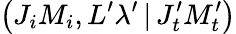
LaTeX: \left(J_{i}M_{i},L^{\prime}\lambda^{\prime}\, |\, J_{t}^{\prime}M_{t}^{\prime}\right)